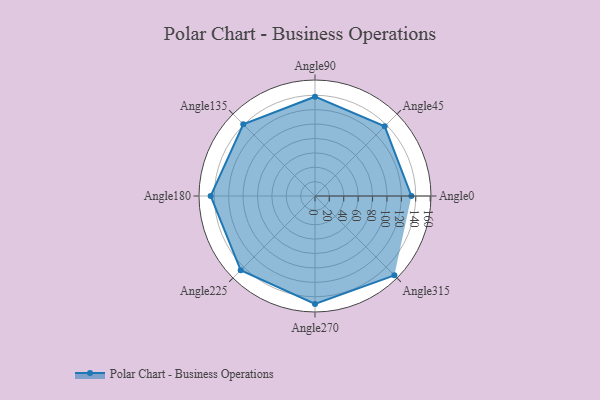
{"axis": {"x": "Angle", "y": "Radius"}, "legend": [""], "data": [{"x": "Angle0", "y": 134.0, "type": ""}, {"x": "Angle45", "y": 137.0, "type": ""}, {"x": "Angle90", "y": 138.0, "type": ""}, {"x": "Angle135", "y": 141.0, "type": ""}, {"x": "Angle180", "y": 145.0, "type": ""}, {"x": "Angle225", "y": 146.0, "type": ""}, {"x": "Angle270", "y": 150.0, "type": ""}, {"x": "Angle315", "y": 156.0, "type": ""}]}